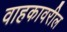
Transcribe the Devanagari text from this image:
वाहकावरील